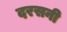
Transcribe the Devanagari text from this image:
दरसनी